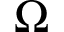
\Omega